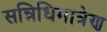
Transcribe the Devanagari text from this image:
सन्निधिमात्रेण